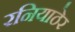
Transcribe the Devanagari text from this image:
रनियाठेर